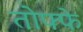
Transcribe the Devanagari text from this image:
तोफ्फे